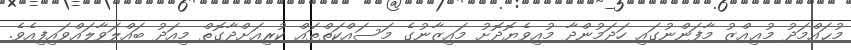
މުޙައްމަދު މުޢިއްޒު މާފަންނުގައި ހަދަމުންދާ މުއިވެޔޮދޮށު މައިޒާނުގެ މަސައްކަތްތައް ކުރިއަށްދާގޮތް މިއަދު ބައްލަވާލައްވައިފިއެވެ.